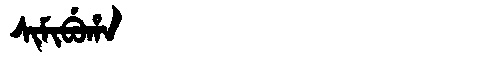
Manchu: ᠰᡳᠮᡳᠪᡠᡥᠠ
Romanization: SIMIBUHA